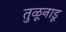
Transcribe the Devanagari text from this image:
तुळूनाडू